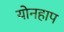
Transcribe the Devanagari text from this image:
योनहाप